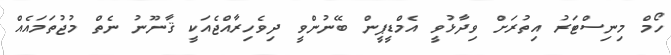
ހޯމް މިނިސްޓަރު އިތުރަށް ވިދާޅުވީ އެމްޑީޕީން ބޭނުންވީ ދިވެހިރާއްޖެއަކީ ޤާނޫނު ނެތް މުޖުތަމައެއް